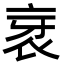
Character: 衺